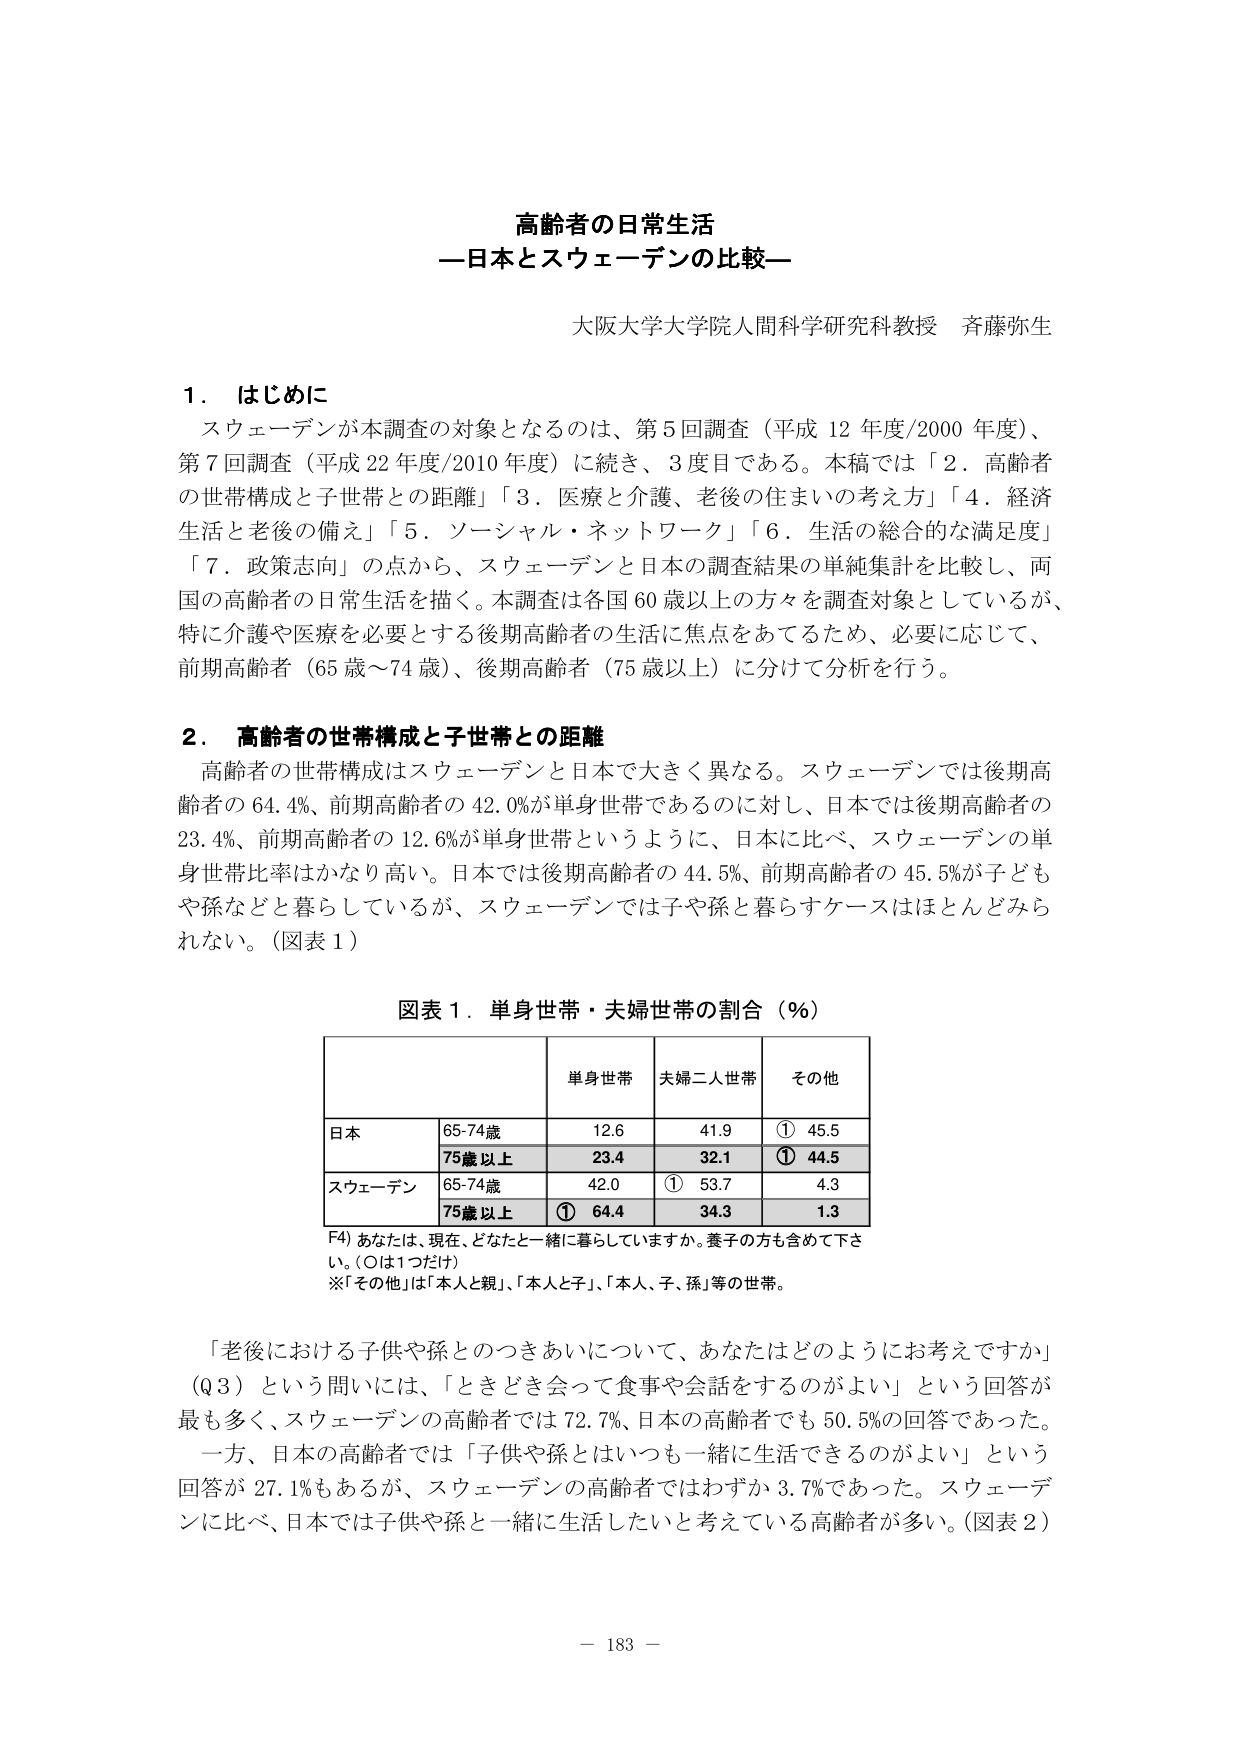
高齢者の日常生活
—日本とスウェーデンの比較—

大阪大学大学院人間科学研究科教授 斉藤弥生

1．はじめに
スウェーデンが本調査の対象となるのは、第5回調査（平成12年度/2000年度）、第7回調査（平成22年度/2010年度）に続き、3度目である。本稿では「2．高齢者の世帯構成と子世帯との距離」「3．医療と介護、老後の住まいの考え方」「4．経済生活と老後の備え」「5．ソーシャル・ネットワーク」「6．生活の総合的な満足度」「7．政策志向」の点から、スウェーデンと日本の調査結果の単純集計を比較し、両国の高齢者の日常生活を描く。本調査は各国60歳以上の方々を調査対象としているが、特に介護や医療を必要とする後期高齢者の生活に焦点をあてるため、必要に応じて、前期高齢者（65歳～74歳）、後期高齢者（75歳以上）に分けて分析を行う。

2．高齢者の世帯構成と子世帯との距離
高齢者の世帯構成はスウェーデンと日本で大きく異なる。スウェーデンでは後期高齢者の64.4%、前期高齢者の42.0%が単身世帯であるのに対し、日本では後期高齢者の23.4%、前期高齢者の12.6%が単身世帯というように、日本に比べ、スウェーデンの単身世帯比率はかなり高い。日本では後期高齢者の44.5%、前期高齢者の45.5%が子どもや孫などと暮らしているが、スウェーデンでは子や孫と暮らすケースはほとんどみられない。（図表1）

図表1．単身世帯・夫婦世帯の割合（%）

| | 単身世帯 | 夫婦二人世帯 | その他 |
|---|---|---|---|
| 日本 | 65-74歳 | 12.6 | 41.9 | ① 45.5 |
| | 75歳以上 | 23.4 | 32.1 | ① 44.5 |
| スウェーデン | 65-74歳 | 42.0 | ① 53.7 | 4.3 |
| | 75歳以上 | ① 64.4 | 34.3 | 1.3 |

F4）あなたは、現在、どなたと一緒に暮らしていますか。養子の方も含めて下さい。（○は1つだけ）
※「その他」は「本人と親」、「本人と子」、「本人、子、孫」等の世帯。

「老後における子供や孫とのつきあいについて、あなたはどのようにお考えですか」（Q3）という問いには、「ときどき会って食事や会話をするのがよい」という回答が最も多く、スウェーデンの高齢者では72.7%、日本の高齢者でも50.5%の回答であった。一方、日本の高齢者では「子供や孫とはいつも一緒に生活できるのがよい」という回答が27.1%もあるが、スウェーデンの高齢者ではわずか3.7%であった。スウェーデンに比べ、日本では子供や孫と一緒に生活したいと考えている高齢者が多く。（図表2）

— 183 —